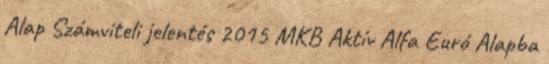
Alap Számviteli jelentés 2015 MKB Aktív Alfa Euró Alapba